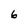
Character: 6